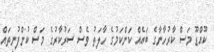
ކޫއްޑޫ މަސް ކާރުހާނާގެ ބައެއް ކަންކަމުގެ ހާލަތު ވެސް ސަރުކާރުގެ މަސް ކުންފުނިތައް